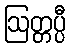
ဩတ္တပ္ပီ